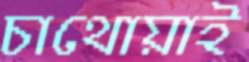
চাথোয়াই